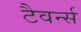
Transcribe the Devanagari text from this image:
टैवर्न्स